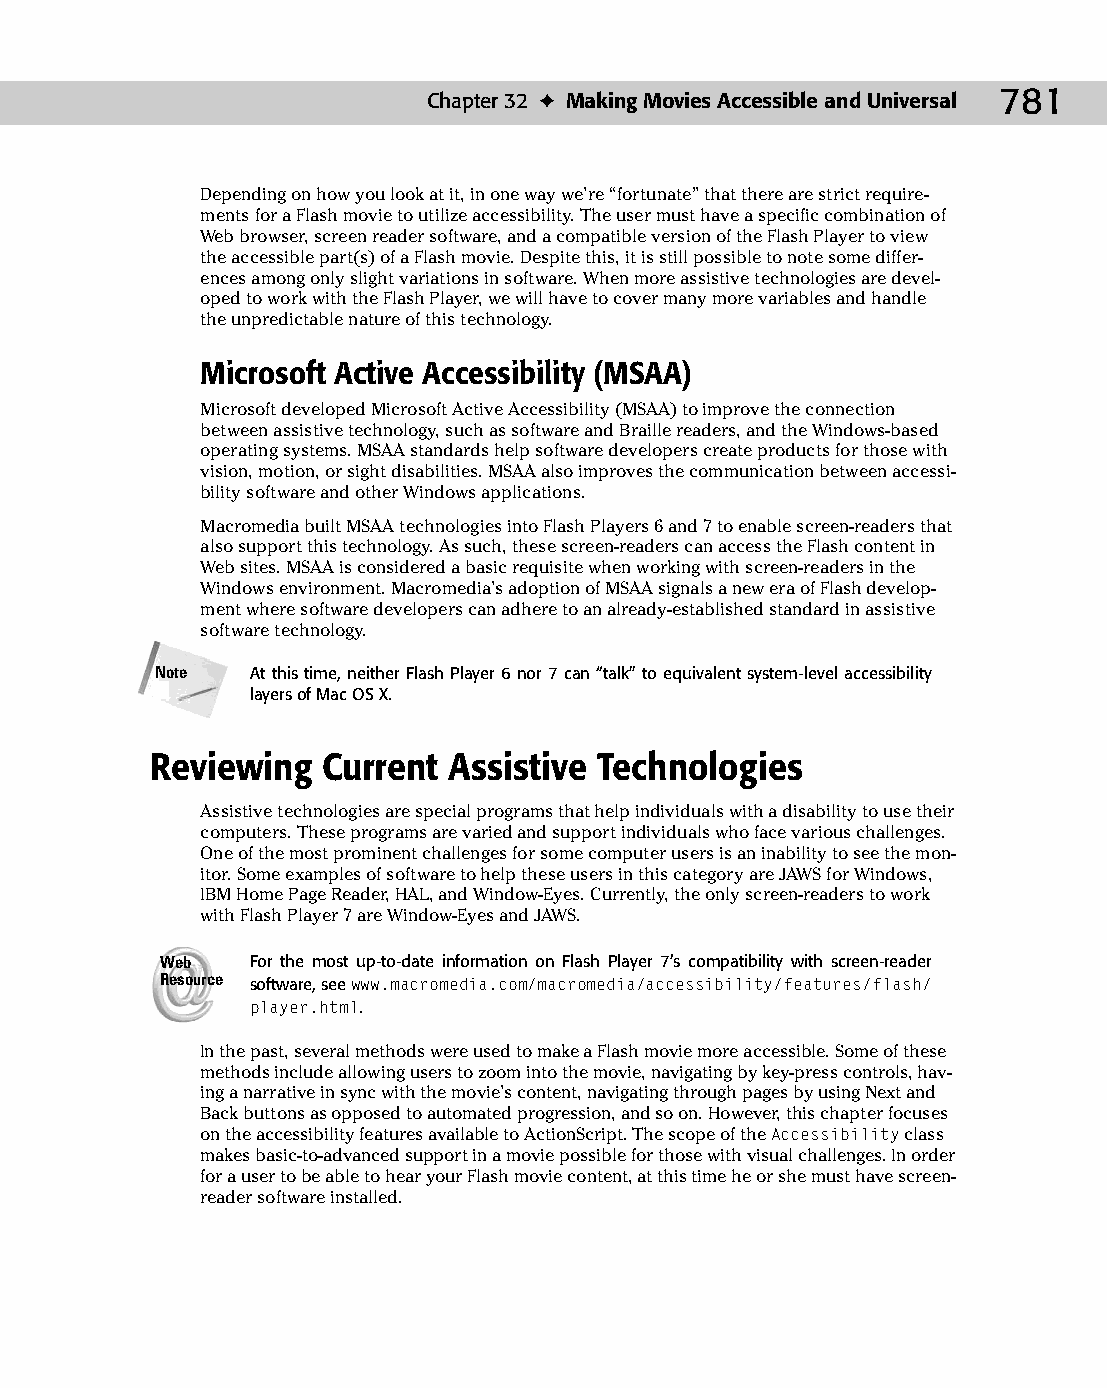
42 543547 ch32.qxd 3/24/04 4:16 PM Page 781
 Chapter 32 ✦ Making Movies Accessible and Universal 781
 Depending on how you look at it, in one way we’re “fortunate” that there are strict require­
 ments for a Flash movie to utilize accessibility. The user must have a specific combination of
 Web browser, screen reader software, and a compatible version of the Flash Player to view
 the accessible part(s) of a Flash movie. Despite this, it is still possible to note some differ­
 ences among only slight variations in software. When more assistive technologies are devel­
 oped to work with the Flash Player, we will have to cover many more variables and handle
 the unpredictable nature of this technology.
 Microsoft Active Accessibility (MSAA)
 Microsoft developed Microsoft Active Accessibility (MSAA) to improve the connection
 between assistive technology, such as software and Braille readers, and the Windows-based
 operating systems. MSAA standards help software developers create products for those with
 vision, motion, or sight disabilities. MSAA also improves the communication between accessi­
 bility software and other Windows applications.
 Macromedia built MSAA technologies into Flash Players 6 and 7 to enable screen-readers that
 also support this technology. As such, these screen-readers can access the Flash content in
 Web sites. MSAA is considered a basic requisite when working with screen-readers in the
 Windows environment. Macromedia’s adoption of MSAA signals a new era of Flash develop­
 ment where software developers can adhere to an already-established standard in assistive
 software technology.
 Note   At this time, neither Flash Player 6 nor 7 can “talk” to equivalent system-level accessibility
 layers of Mac OS X.
 Reviewing  Current  Assistive Technologies
 Assistive technologies are special programs that help individuals with a disability to use their
 computers. These programs are varied and support individuals who face various challenges.
 One of the most prominent challenges for some computer users is an inability to see the mon­
 itor. Some examples of software to help these users in this category are JAWS for Windows,
 IBM Home Page Reader, HAL, and Window-Eyes. Currently, the only screen-readers to work
 with Flash Player 7 are Window-Eyes and JAWS.
 Web   For the most up-to-date information on Flash Player 7’s compatibility with screen-reader
 Resource software, see www.macromedia.com/macromedia/accessibility/features/flash/
 player.html.
 In the past, several methods were used to make a Flash movie more accessible. Some of these
 methods include allowing users to zoom into the movie, navigating by key-press controls, hav­
 ing a narrative in sync with the movie’s content, navigating through pages by using Next and
 Back buttons as opposed to automated progression, and so on. However, this chapter focuses
 on the accessibility features available to ActionScript. The scope of the Accessibility class
 makes basic-to-advanced support in a movie possible for those with visual challenges. In order
 for a user to be able to hear your Flash movie content, at this time he or she must have screen-
 reader software installed.